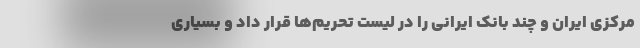
مرکزی ایران و چند بانک ایرانی را در لیست تحریم‌ها قرار داد و بسیاری